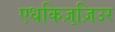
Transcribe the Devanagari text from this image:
एधकिज़्ज़िउर